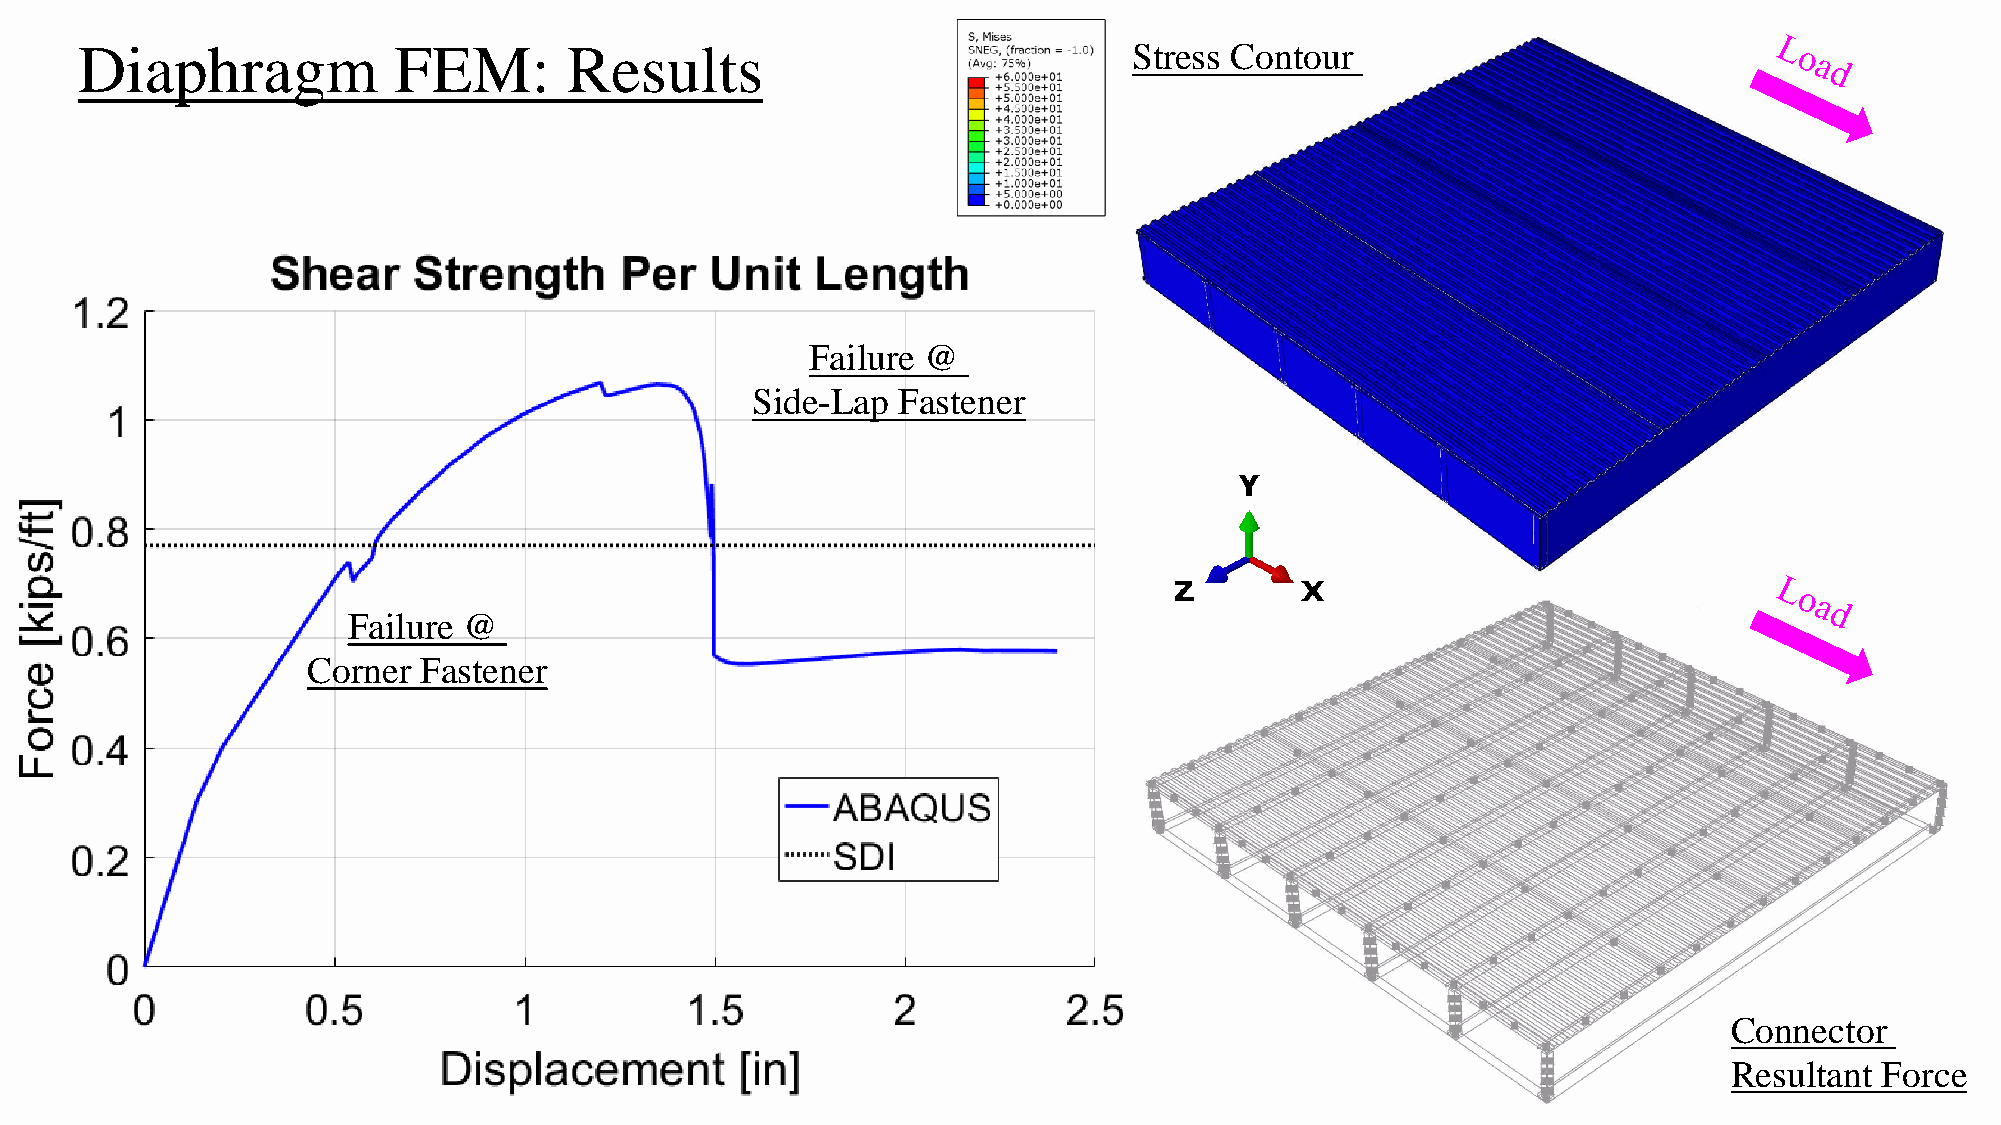
Diaphragm            FEM:        Results                              Stress Contour
 Failure @
 Side-Lap Fastener
 Failure @
 Corner  Fastener
 Connector
 Resultant Force